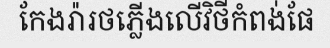
កែងរ៉ារថភ្លើងលើវិថីកំពង់ផែ